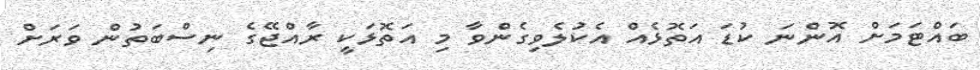
ބައްޓަމަށް އޮންނަ ކުޑަ އަތޮޅެއް އެކުލެވިގެންވާ މި އަތޮޅަކީ ރާއްޖޭގެ ނިސްބަތުން ވަރަށް